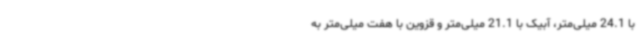
با 24.1 میلی‌متر، آبیک با 21.1 میلی‌متر و قزوین با هفت میلی‌متر به